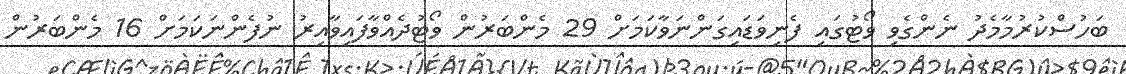
ބަހުސްކުރުމާމެދު ނެންގެވި ވޯޓުގައި ފެނިވަޑައިގަންނަވާކަމަށް 29 މެންބަރުން ވޯޓުދެއްވާފައިވާއިރު ނުފެންނަކަމަށް 16 މެންބަރުން